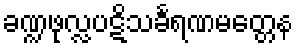
ခဏ္ဍဖုလ္လပဋိသင်္ခရဏမတ္တေန